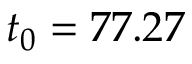
t _ { 0 } = 7 7 . 2 7